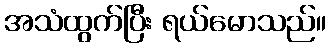
အသံထွက်ပြီး ရယ်မောသည်။